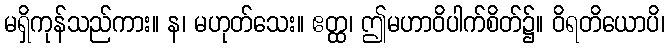
မရှိကုန်သည်ကား။ န၊ မဟုတ်သေး။ ဧတ္ထ၊ ဤမဟာဝိပါက်စိတ်၌။ ဝိရတိယောပိ၊